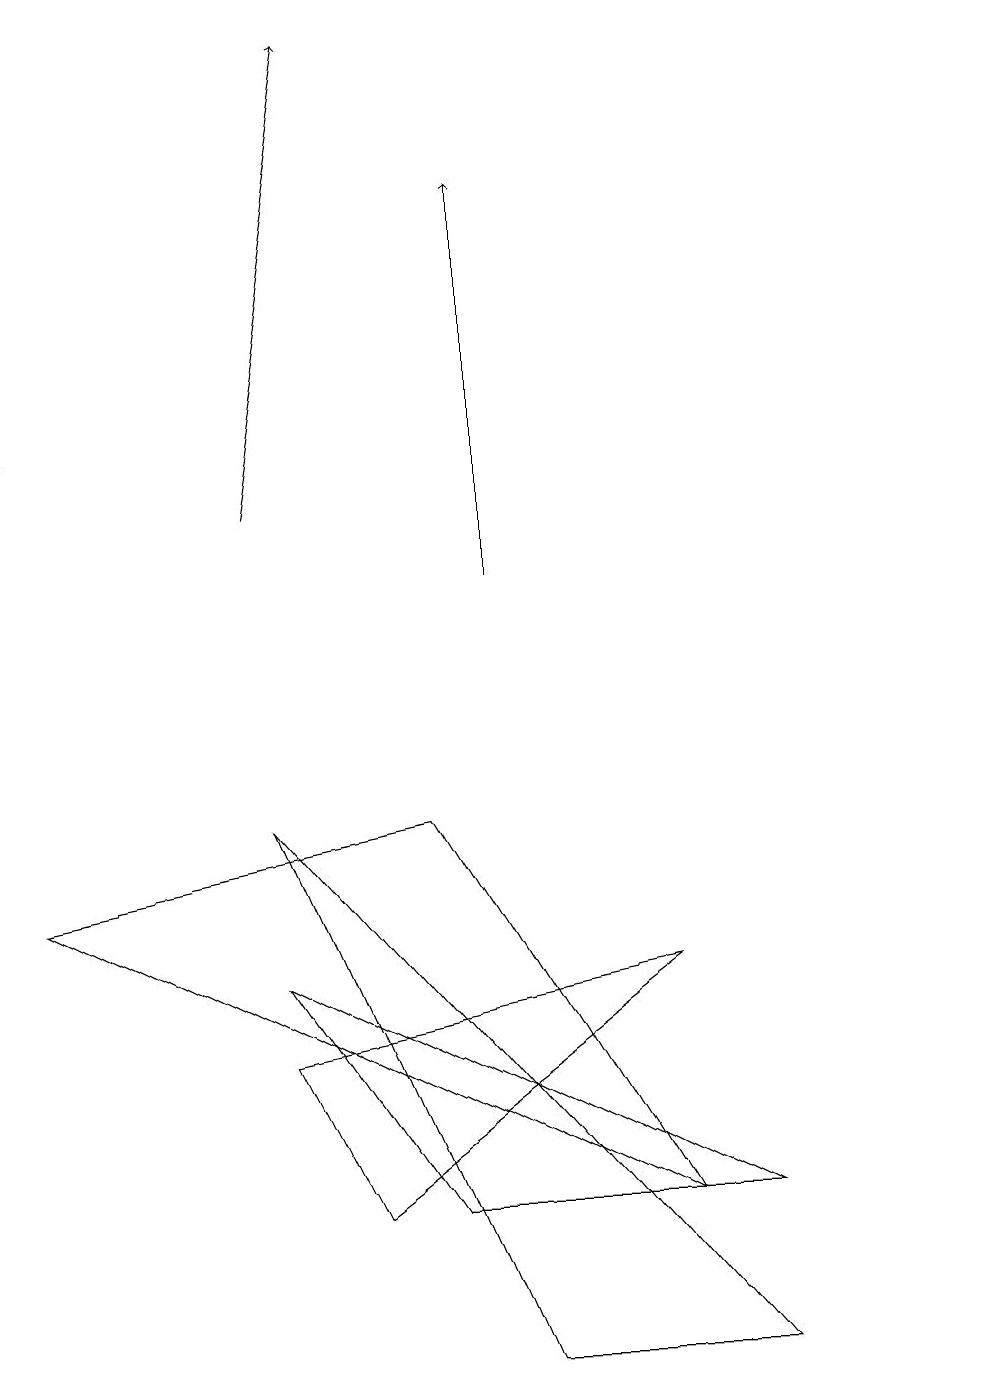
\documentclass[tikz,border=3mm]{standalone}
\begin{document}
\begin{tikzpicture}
\draw (4,4) -- (8,7) -- (3,6) -- cycle;
\draw[->] (3,13) -- (4,19);
\draw (9,2) -- (3,9) -- (6,2) -- cycle;
\draw (3,7) -- (9,4) -- (5,4) -- cycle;
\draw[->] (0,14) -- (0,15);
\draw[->] (6,12) -- (6,17);
\draw (12,10) circle (0);
\draw (0,8) -- (5,9) -- (8,4) -- cycle;
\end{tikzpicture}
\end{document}